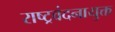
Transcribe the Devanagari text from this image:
राष्ट्रवंदनायुक्त